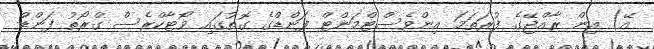
އޭ) އިން ރާއްޖޭގެ ފުރަތަމަ އިންވެސްޓްމަންޓް ފަންޑްގެ ގޮތުގައި ވޯޓާކްރެސް ގްރޯތު ފަންޑް